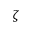
\zeta